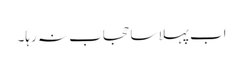
اب پہلا سا حجاب نہ رہا۔